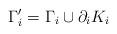
LaTeX: \begin{align*}\Gamma_{i}'= \Gamma_{i}\cup\partial_{i}K_{i}\end{align*}